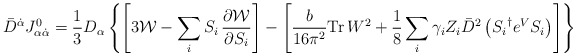
\begin{align*}\bar{D}^{\dot{\alpha}} J^{0}_{\alpha\dot{\alpha}} = \frac{1}{3} D_{\alpha}\left\{\left[3{\cal W} - \sum_i S_i \,\frac{\partial {\cal W}}{\partial S_i}\right] - \left[\frac{b}{16\pi^2} {\rm Tr}\, W^2 + \frac{1}{8} \sum_i\gamma_i Z_i \bar{D}^2\left({S_i}^\dagger e^{V}S_i\right) \right] \right\}\end{align*}